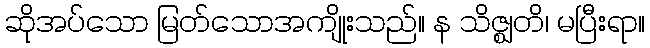
ဆိုအပ်သော မြတ်သောအကျိုးသည်။ န သိဇ္ဈတိ၊ မပြီးရာ။